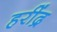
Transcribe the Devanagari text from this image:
हरींद्र